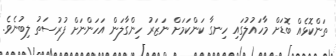
ތަންކޮޅެއް ބޮޑަށް މާހައުލުގައި ހިނގާ ކަންކަމަށް ނަޒަރު ހިންގާލަން އަހަންނަށް ފުރުސަތު ލިބުނެވެ.